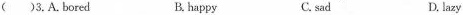
( )3.A.bored B. happy C. sad D. lazy